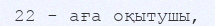
22 - аға оқытушы,